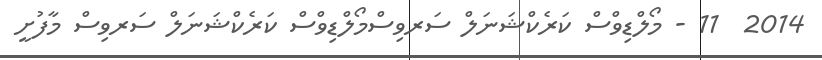
2014  11 - މޯލްޑިވްސް ކަރެކްޝަނަލް ސަރވިސްމޯލްޑިވްސް ކަރެކްޝަނަލް ސަރވިސް މާފުށީ